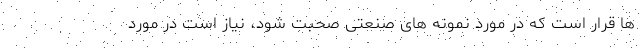
ها قرار است که در مورد نمونه های صنعتی صحبت شود، نیاز است در مورد